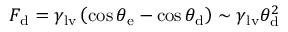
F _ { \mathrm { d } } = \gamma _ { \mathrm { l v } } \left( \cos { \theta _ { \mathrm { e } } } - \cos { \theta _ { \mathrm { d } } } \right) \sim \gamma _ { \mathrm { l v } } \theta _ { \mathrm { d } } ^ { 2 }